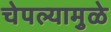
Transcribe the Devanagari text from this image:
चेपल्यामुळे